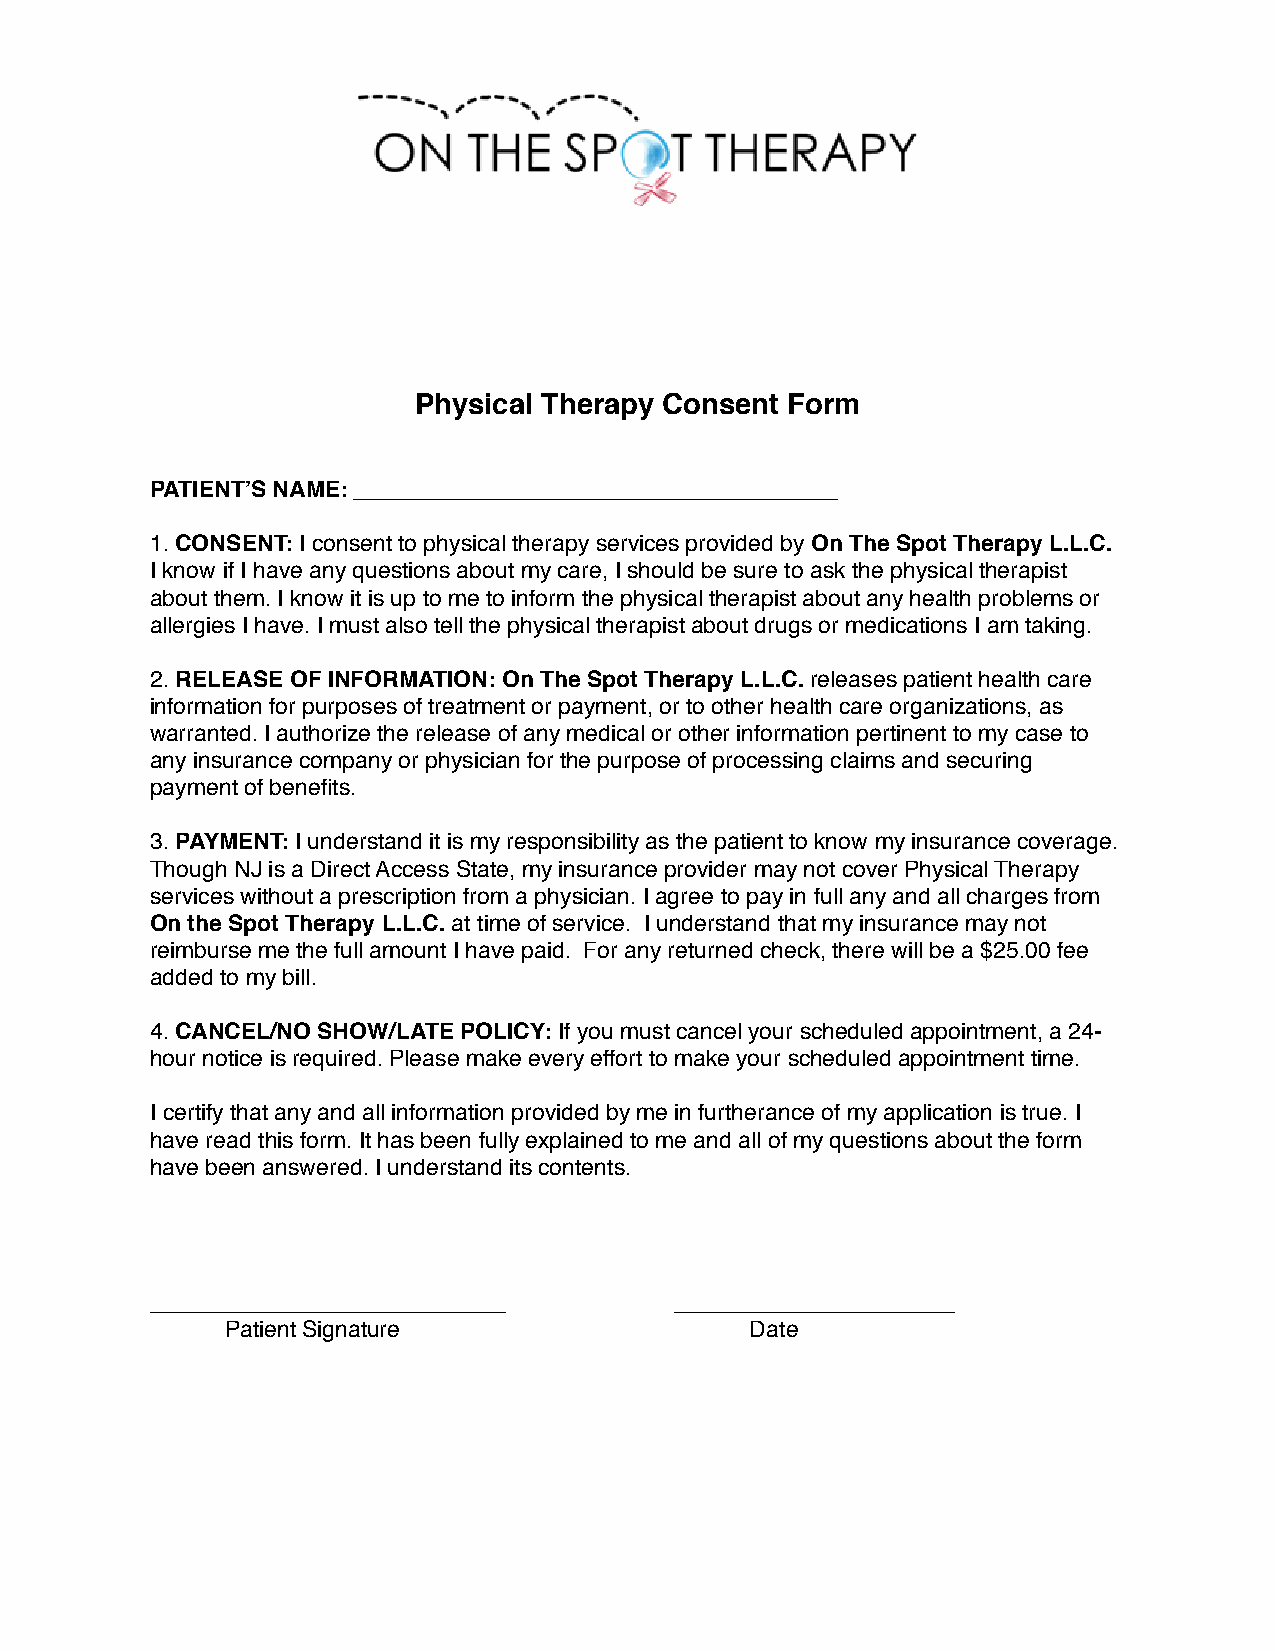
Physical Therapy Consent Form
 PATIENT’S NAME: ______________________________________
 1. CONSENT: I consent to physical therapy services provided by On The Spot Therapy L.L.C.
 I know if I have any questions about my care, I should be sure to ask the physical therapist
 about them. I know it is up to me to inform the physical therapist about any health problems or
 allergies I have. I must also tell the physical therapist about drugs or medications I am taking.
 2. RELEASE OF INFORMATION: On The Spot Therapy L.L.C. releases patient health care
 information for purposes of treatment or payment, or to other health care organizations, as
 warranted. I authorize the release of any medical or other information pertinent to my case to
 any insurance company or physician for the purpose of processing claims and securing
 payment of benefits.
 3. PAYMENT: I understand it is my responsibility as the patient to know my insurance coverage.
 Though NJ is a Direct Access State, my insurance provider may not cover Physical Therapy
 services without a prescription from a physician. I agree to pay in full any and all charges from
 On the Spot Therapy L.L.C. at time of service. I understand that my insurance may not
 reimburse me the full amount I have paid. For any returned check, there will be a $25.00 fee
 added to my bill.
 4. CANCEL/NO SHOW/LATE POLICY: If you must cancel your scheduled appointment, a 24-
 hour notice is required. Please make every effort to make your scheduled appointment time.
 I certify that any and all information provided by me in furtherance of my application is true. I
 have read this form. It has been fully explained to me and all of my questions about the form
 have been answered. I understand its contents.
 ____________________________       ______________________
 Patient Signature                  Date